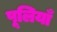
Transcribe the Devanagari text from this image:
पूलियाँ